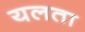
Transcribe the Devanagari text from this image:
यलता